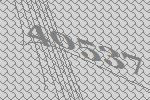
40537